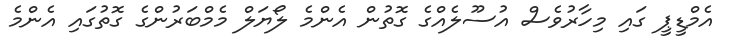
އެމްޑީޕީ ގައި މިހާރުވެސް އުސޫލެއްގެ ގޮތުން އެންމެ ލޯޔަލް މެމްބަރުންގެ ގޮތުގައި އެންމެ